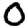
Digit: 0